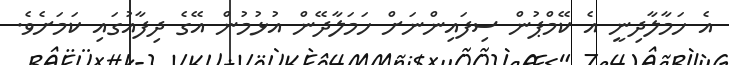
އެ ހަމާލާދިނީ އެ ކޭމްޕުން ސިފައިންނަށް ހަމަލާދޭން އުޅުމުން އޭގެ ދިފާއުގައި ކަމަށެވެ.